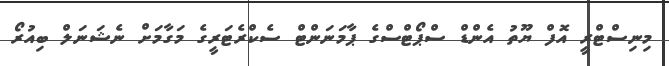
މިނިސްޓްރީ އޮފް ޔޫތު އެންޑް ސްޕޯޓްސްގެ ޕާމަނަންޓް ސެކްރެޓަރީގެ މަގާމަށް ނެޝަނަލް ބިއުރޯ